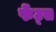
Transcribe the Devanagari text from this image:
फेंट्स